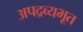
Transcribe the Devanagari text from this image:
अपद्रव्यभूत